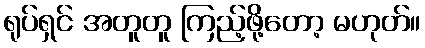
ရုပ်ရှင် အတူတူ ကြည့်ဖို့တော့ မဟုတ်။